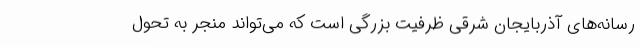
رسانه‌های آذربایجان شرقی ظرفیت بزرگی است که می‌تواند منجر به تحول